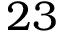
2 3